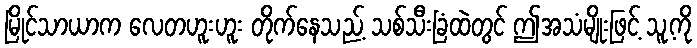
မြိုင်သာယာက လေတဟူးဟူး တိုက်နေသည့် သစ်သီးခြံထဲတွင် ဤအသံမျိုးဖြင့် သူ့ကို